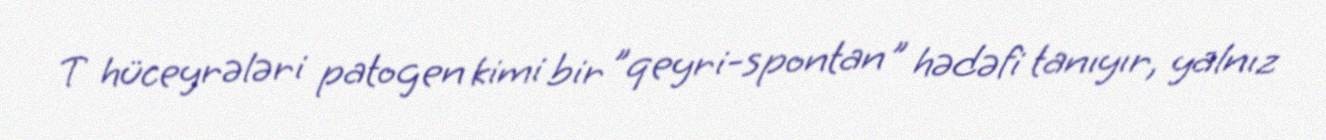
T hüceyrələri patogen kimi bir "qeyri-spontan" hədəfi tanıyır, yalnız